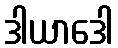
ဒါယာဒေါ